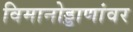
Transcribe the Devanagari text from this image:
विमानोड्डाणांवर